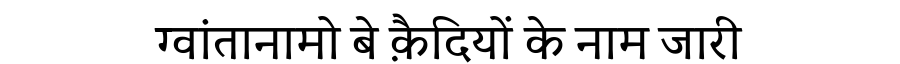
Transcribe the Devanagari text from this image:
ग्वांतानामो बे क़ैदियों के नाम जारी